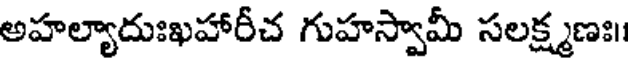
అహల్యాదుఃఖహారీచ గుహస్వామీ సలక్ష్మణః।